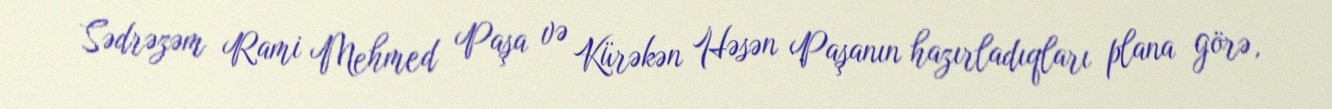
Sədrəzəm Rami Mehmed Paşa və Kürəkən Həsən Paşanın hazırladıqları plana görə,